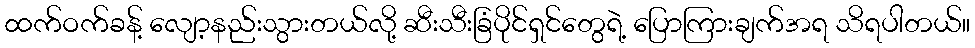
ထက်ဝက်ခန့် လျော့နည်းသွားတယ်လို့ ဆီးသီးခြံပိုင်ရှင်တွေရဲ့ ပြောကြားချက်အရ သိရပါတယ်။